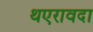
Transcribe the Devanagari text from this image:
थएरावदा